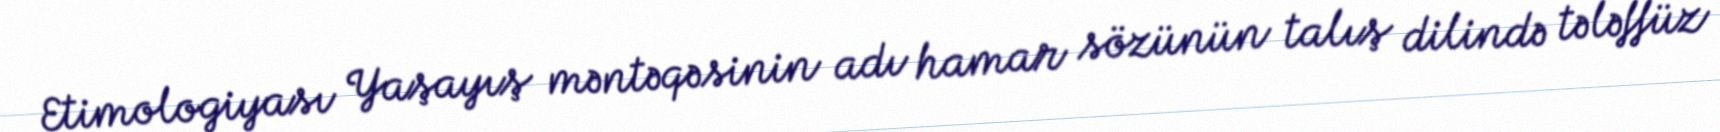
Etimologiyası Yaşayış məntəqəsinin adı hamar sözünün talış dilində tələffüz